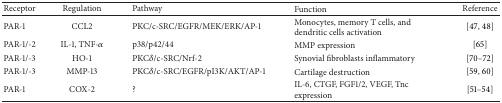
<table><thead><tr><td><b>Receptor</b></td><td><b>Regulation</b></td><td><b>Pathway</b></td><td><b>Function</b></td><td><b>Reference</b></td></tr></thead><tbody><tr><td>PAR-1</td><td>CCL2</td><td>PKC/c-SRC/EGFR/MEK/ERK/AP-1</td><td>Monocytes, memory T cells, and dendritic cells activation</td><td>[47, 48]</td></tr><tr><td>PAR-1/-2</td><td>IL-1, TNF-<i>α</i></td><td>p38/p42/44</td><td>MMP expression</td><td>[65]</td></tr><tr><td>PAR-1/-3</td><td>HO-1</td><td>PKC<i>δ</i>/c-SRC/Nrf-2</td><td>Synovial fibroblasts inflammatory</td><td>[70–72]</td></tr><tr><td>PAR-1/-3</td><td>MMP-13</td><td>PKC<i>δ</i>/c-SRC/EGFR/pI3K/AKT/AP-1</td><td>Cartilage destruction</td><td>[59, 60]</td></tr><tr><td>PAR-1</td><td>COX-2</td><td>?</td><td>IL-6, CTGF, FGF1/2, VEGF, Tnc expression </td><td>[51–54]</td></tr></tbody></table>